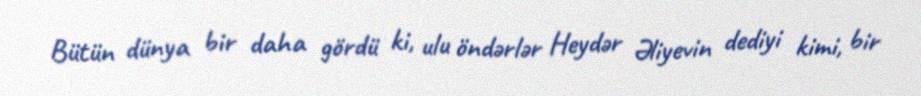
Bütün dünya bir daha gördü ki, ulu öndərlər Heydər Əliyevin dediyi kimi, bir